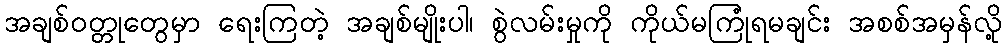
အချစ်ဝတ္တုတွေမှာ ရေးကြတဲ့ အချစ်မျိုးပါ၊ စွဲလမ်းမှုကို ကိုယ်မကြုံရမချင်း အစစ်အမှန်လို့